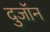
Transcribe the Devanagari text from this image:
दुजॉन